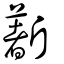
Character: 𣃈